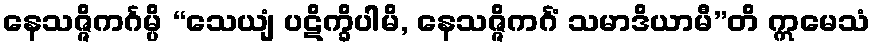
နေသဇ္ဇိကင်္ဂမ္ပိ “သေယျံ ပဋိက္ခိပါမိ, နေသဇ္ဇိကင်္ဂံ သမာဒိယာမီ”တိ ဣမေသံ